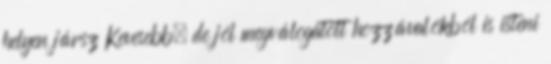
helyen jársz Kevesebb, de jól megválogatott hozzávalókból is isteni